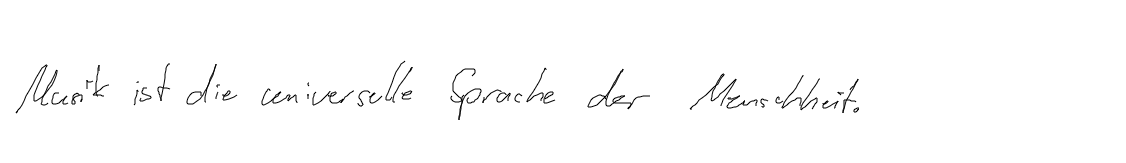
Musik ist die universelle Sprache der Menschheit.